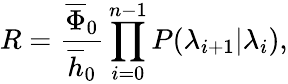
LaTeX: R=\frac{\overline{{\Phi}}_{0}}{\overline{{h}}_{0}}\prod_{i=0}^{n-1}P(\lambda_{i+1}|\lambda_{i}),